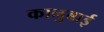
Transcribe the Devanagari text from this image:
कानुबाई